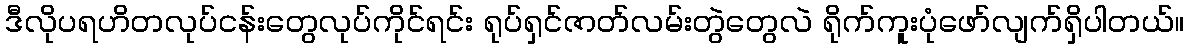
ဒီလိုပရဟိတလုပ်ငန်းတွေလုပ်ကိုင်ရင်း ရုပ်ရှင်ဇာတ်လမ်းတွဲတွေလဲ ရိုက်ကူးပုံဖော်လျက်ရှိပါတယ်။